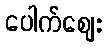
ပေါက်ဈေး